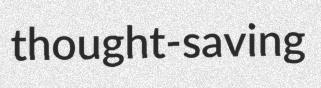
thought-saving